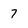
Character: 7